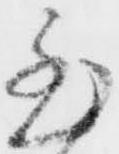
至